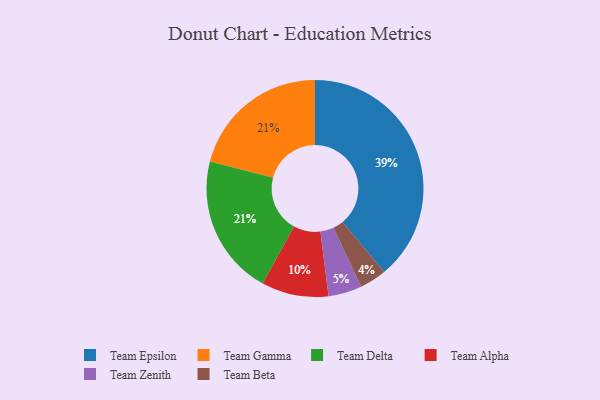
{"axis": {"x": "Category", "y": "Percentage"}, "legend": ["Team Alpha", "Team Beta", "Team Delta", "Team Epsilon", "Team Gamma", "Team Zenith"], "data": [{"x": "Team Beta", "y": 4, "type": "Team Beta"}, {"x": "Team Zenith", "y": 5, "type": "Team Zenith"}, {"x": "Team Gamma", "y": 21, "type": "Team Gamma"}, {"x": "Team Epsilon", "y": 39, "type": "Team Epsilon"}, {"x": "Team Delta", "y": 21, "type": "Team Delta"}, {"x": "Team Alpha", "y": 10, "type": "Team Alpha"}]}